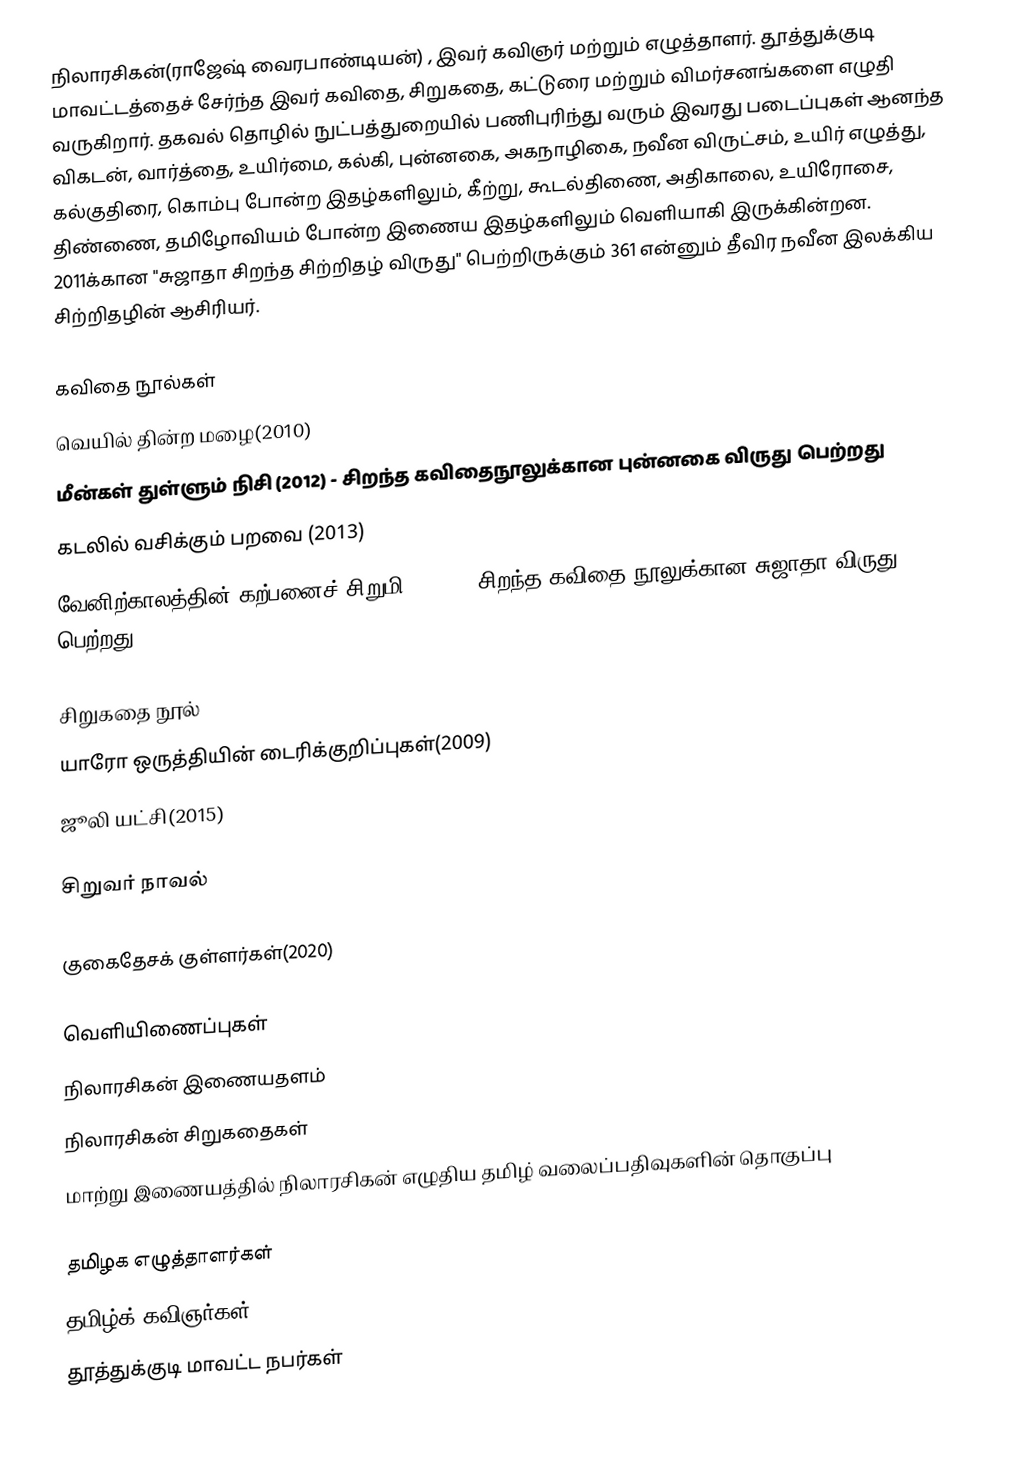
நிலாரசிகன்(ராஜேஷ் வைரபாண்டியன்) ,   இவர் கவிஞர் மற்றும் எழுத்தாளர். தூத்துக்குடி மாவட்டத்தைச் சேர்ந்த இவர் கவிதை, சிறுகதை, கட்டுரை மற்றும் விமர்சனங்களை எழுதி வருகிறார். தகவல் தொழில் நுட்பத்துறையில் பணிபுரிந்து வரும் இவரது படைப்புகள் ஆனந்த விகடன், வார்த்தை, உயிர்மை, கல்கி, புன்னகை, அகநாழிகை, நவீன விருட்சம், உயிர் எழுத்து, கல்குதிரை, கொம்பு போன்ற இதழ்களிலும், கீற்று, கூடல்திணை, அதிகாலை, உயிரோசை, திண்ணை, தமிழோவியம் போன்ற இணைய இதழ்களிலும் வெளியாகி இருக்கின்றன. 2011க்கான "சுஜாதா சிறந்த சிற்றிதழ் விருது" பெற்றிருக்கும் 361 என்னும் தீவிர நவீன இலக்கிய சிற்றிதழின் ஆசிரியர்.

கவிதை நூல்கள்
 வெயில் தின்ற மழை(2010)
 மீன்கள் துள்ளும் நிசி (2012) - சிறந்த கவிதைநூலுக்கான புன்னகை விருது பெற்றது
 கடலில் வசிக்கும் பறவை (2013)
வேனிற்காலத்தின் கற்பனைச் சிறுமி(2018) - சிறந்த கவிதை நூலுக்கான சுஜாதா விருது பெற்றது

சிறுகதை நூல்
 யாரோ ஒருத்தியின் டைரிக்குறிப்புகள்(2009)
 ஜூலி யட்சி(2015)

சிறுவர் நாவல்

 குகைதேசக் குள்ளர்கள்(2020)

வெளியிணைப்புகள்
நிலாரசிகன் இணையதளம்
 நிலாரசிகன் சிறுகதைகள்
 மாற்று இணையத்தில் நிலாரசிகன் எழுதிய தமிழ் வலைப்பதிவுகளின் தொகுப்பு

தமிழக எழுத்தாளர்கள்
தமிழ்க் கவிஞர்கள்
தூத்துக்குடி மாவட்ட நபர்கள்